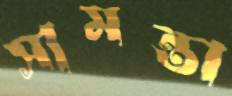
সামন্তা